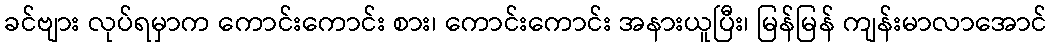
ခင်ဗျား လုပ်ရမှာက ကောင်းကောင်း စား၊ ကောင်းကောင်း အနားယူပြီး၊ မြန်မြန် ကျန်းမာလာအောင်